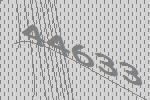
44633